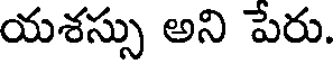
యశస్సు అని పేరు.